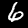
Digit: 6